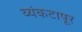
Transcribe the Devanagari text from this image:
व्यंकटापूर